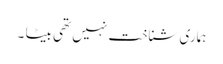
ہماری شناخت نہیں تھی بیٹا ۔